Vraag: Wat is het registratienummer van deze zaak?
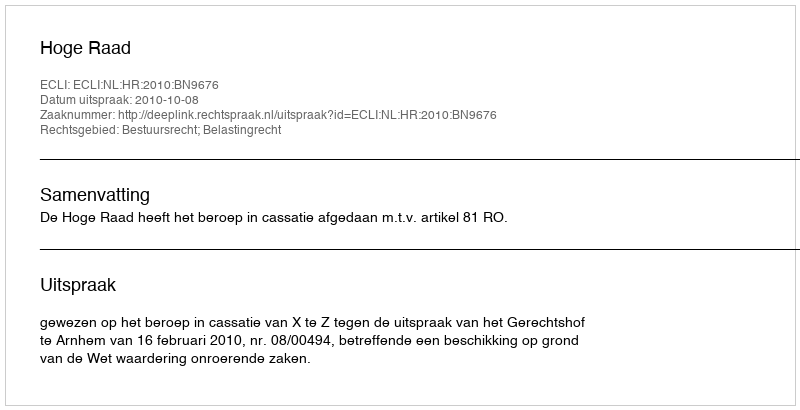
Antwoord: http://deeplink.rechtspraak.nl/uitspraak?id=ECLI:NL:HR:2010:BN9676